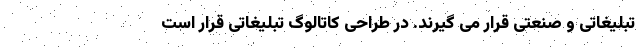
تبلیغاتی و صنعتی قرار می گیرند. در طراحی کاتالوگ تبلیغاتی قرار است